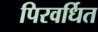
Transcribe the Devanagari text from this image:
पिरवर्धित